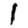
Digit: 1